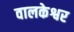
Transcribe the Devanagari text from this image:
वालकेश्वर